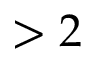
> 2